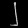
Digit: ၂